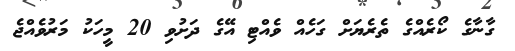
ގާނާގެ ކޯރެއްގެ ތެރެޔަށް ގަހެއް ވެއްޓި އޭގެ ދަށުވި 20 މީހަކު މަރުވެއްޖެ